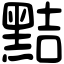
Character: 黠